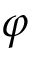
\varphi